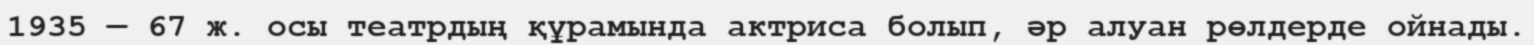
1935 — 67 ж. осы театрдың құрамында актриса болып, әр алуан рөлдерде ойнады.